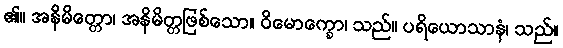
၏။ အနိမိတ္တော၊ အနိမိတ္တဖြစ်သော။ ဝိမောက္ခော၊ သည်။ ပရိယောသာနံ၊ သည်။